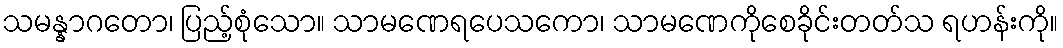
သမန္နာဂတော၊ ပြည့်စုံသော။ သာမဏေရပေသကော၊ သာမဏေကိုစေခိုင်းတတ်သ ရဟန်းကို။